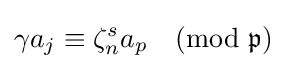
\gamma a_{j}\equiv \zeta _{n}^{s}a_{p}{\pmod {\mathfrak {p}}}